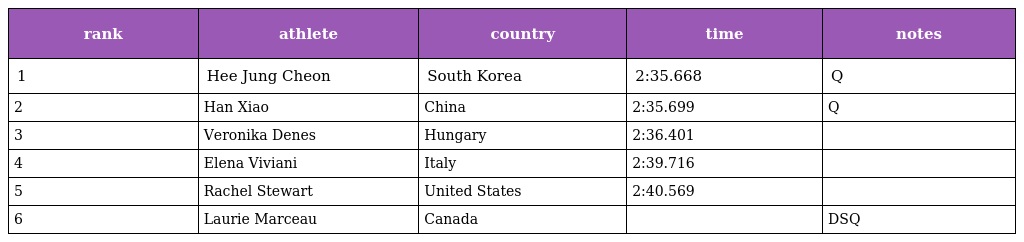
| rank | athlete | country | time | notes |
 | --- | --- | --- | --- | --- |
 | 1 | Hee Jung Cheon | South Korea | 2:35.668 | Q |
 | 2 | Han Xiao | China | 2:35.699 | Q |
 | 3 | Veronika Denes | Hungary | 2:36.401 |  |
 | 4 | Elena Viviani | Italy | 2:39.716 |  |
 | 5 | Rachel Stewart | United States | 2:40.569 |  |
 | 6 | Laurie Marceau | Canada |  | DSQ |